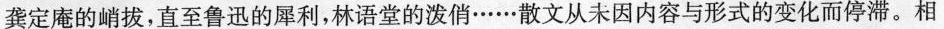
龚定庵的峭拔，直至鲁迅的犀利，林语堂的泼俏……散文从未因内容与形式的变化而停滞。相